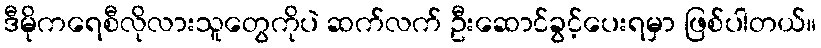
ဒီမိုကရေစီလိုလားသူတွေကိုပဲ ဆက်လက် ဦးဆောင်ခွင့်ပေးရမှာ ဖြစ်ပါတယ်။